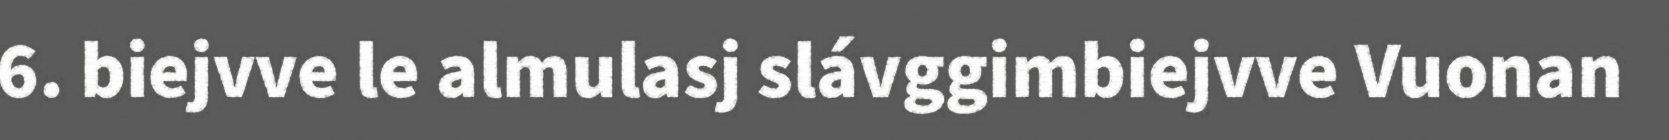
6. biejvve le almulasj slávggimbiejvve Vuonan